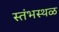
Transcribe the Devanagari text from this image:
स्तंभस्थळ